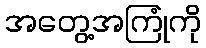
အတွေ့အကြုံကို